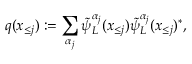
q ( \boldsymbol x _ { \le j } ) : = \sum _ { \alpha _ { j } } \tilde { \psi } _ { L } ^ { \alpha _ { j } } ( \boldsymbol x _ { \le j } ) \tilde { \psi } _ { L } ^ { \alpha _ { j } } ( \boldsymbol x _ { \le j } ) ^ { * } ,